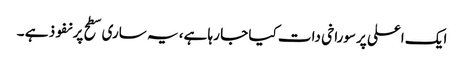
ایک اعلی پرسوراخی دات کیا جا رہا ہے، یہ ساری سطح پر نفوذ ہے ۔